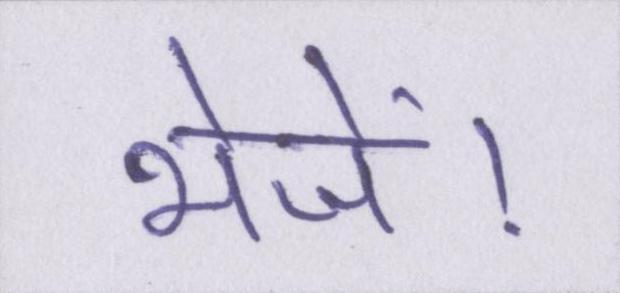
भेजें।